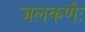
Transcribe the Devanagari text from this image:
जलकणैः